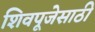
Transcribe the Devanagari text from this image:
शिवपूजेसाठी